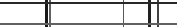
١٦